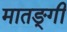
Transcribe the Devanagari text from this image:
मातङ्गी